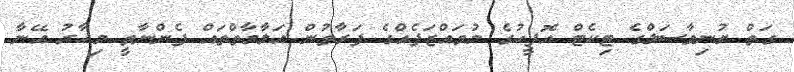
ގަތް ޔުނިވާސަލްގެ ޓިކެޓް އޮފީހުގެ މުވައްޒަފެއްގެ ފަރާތުން އަލާމާތްތައް ފެންނާތީ މިހާރު އޭނާ